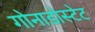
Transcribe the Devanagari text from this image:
गोनाडोस्टेट